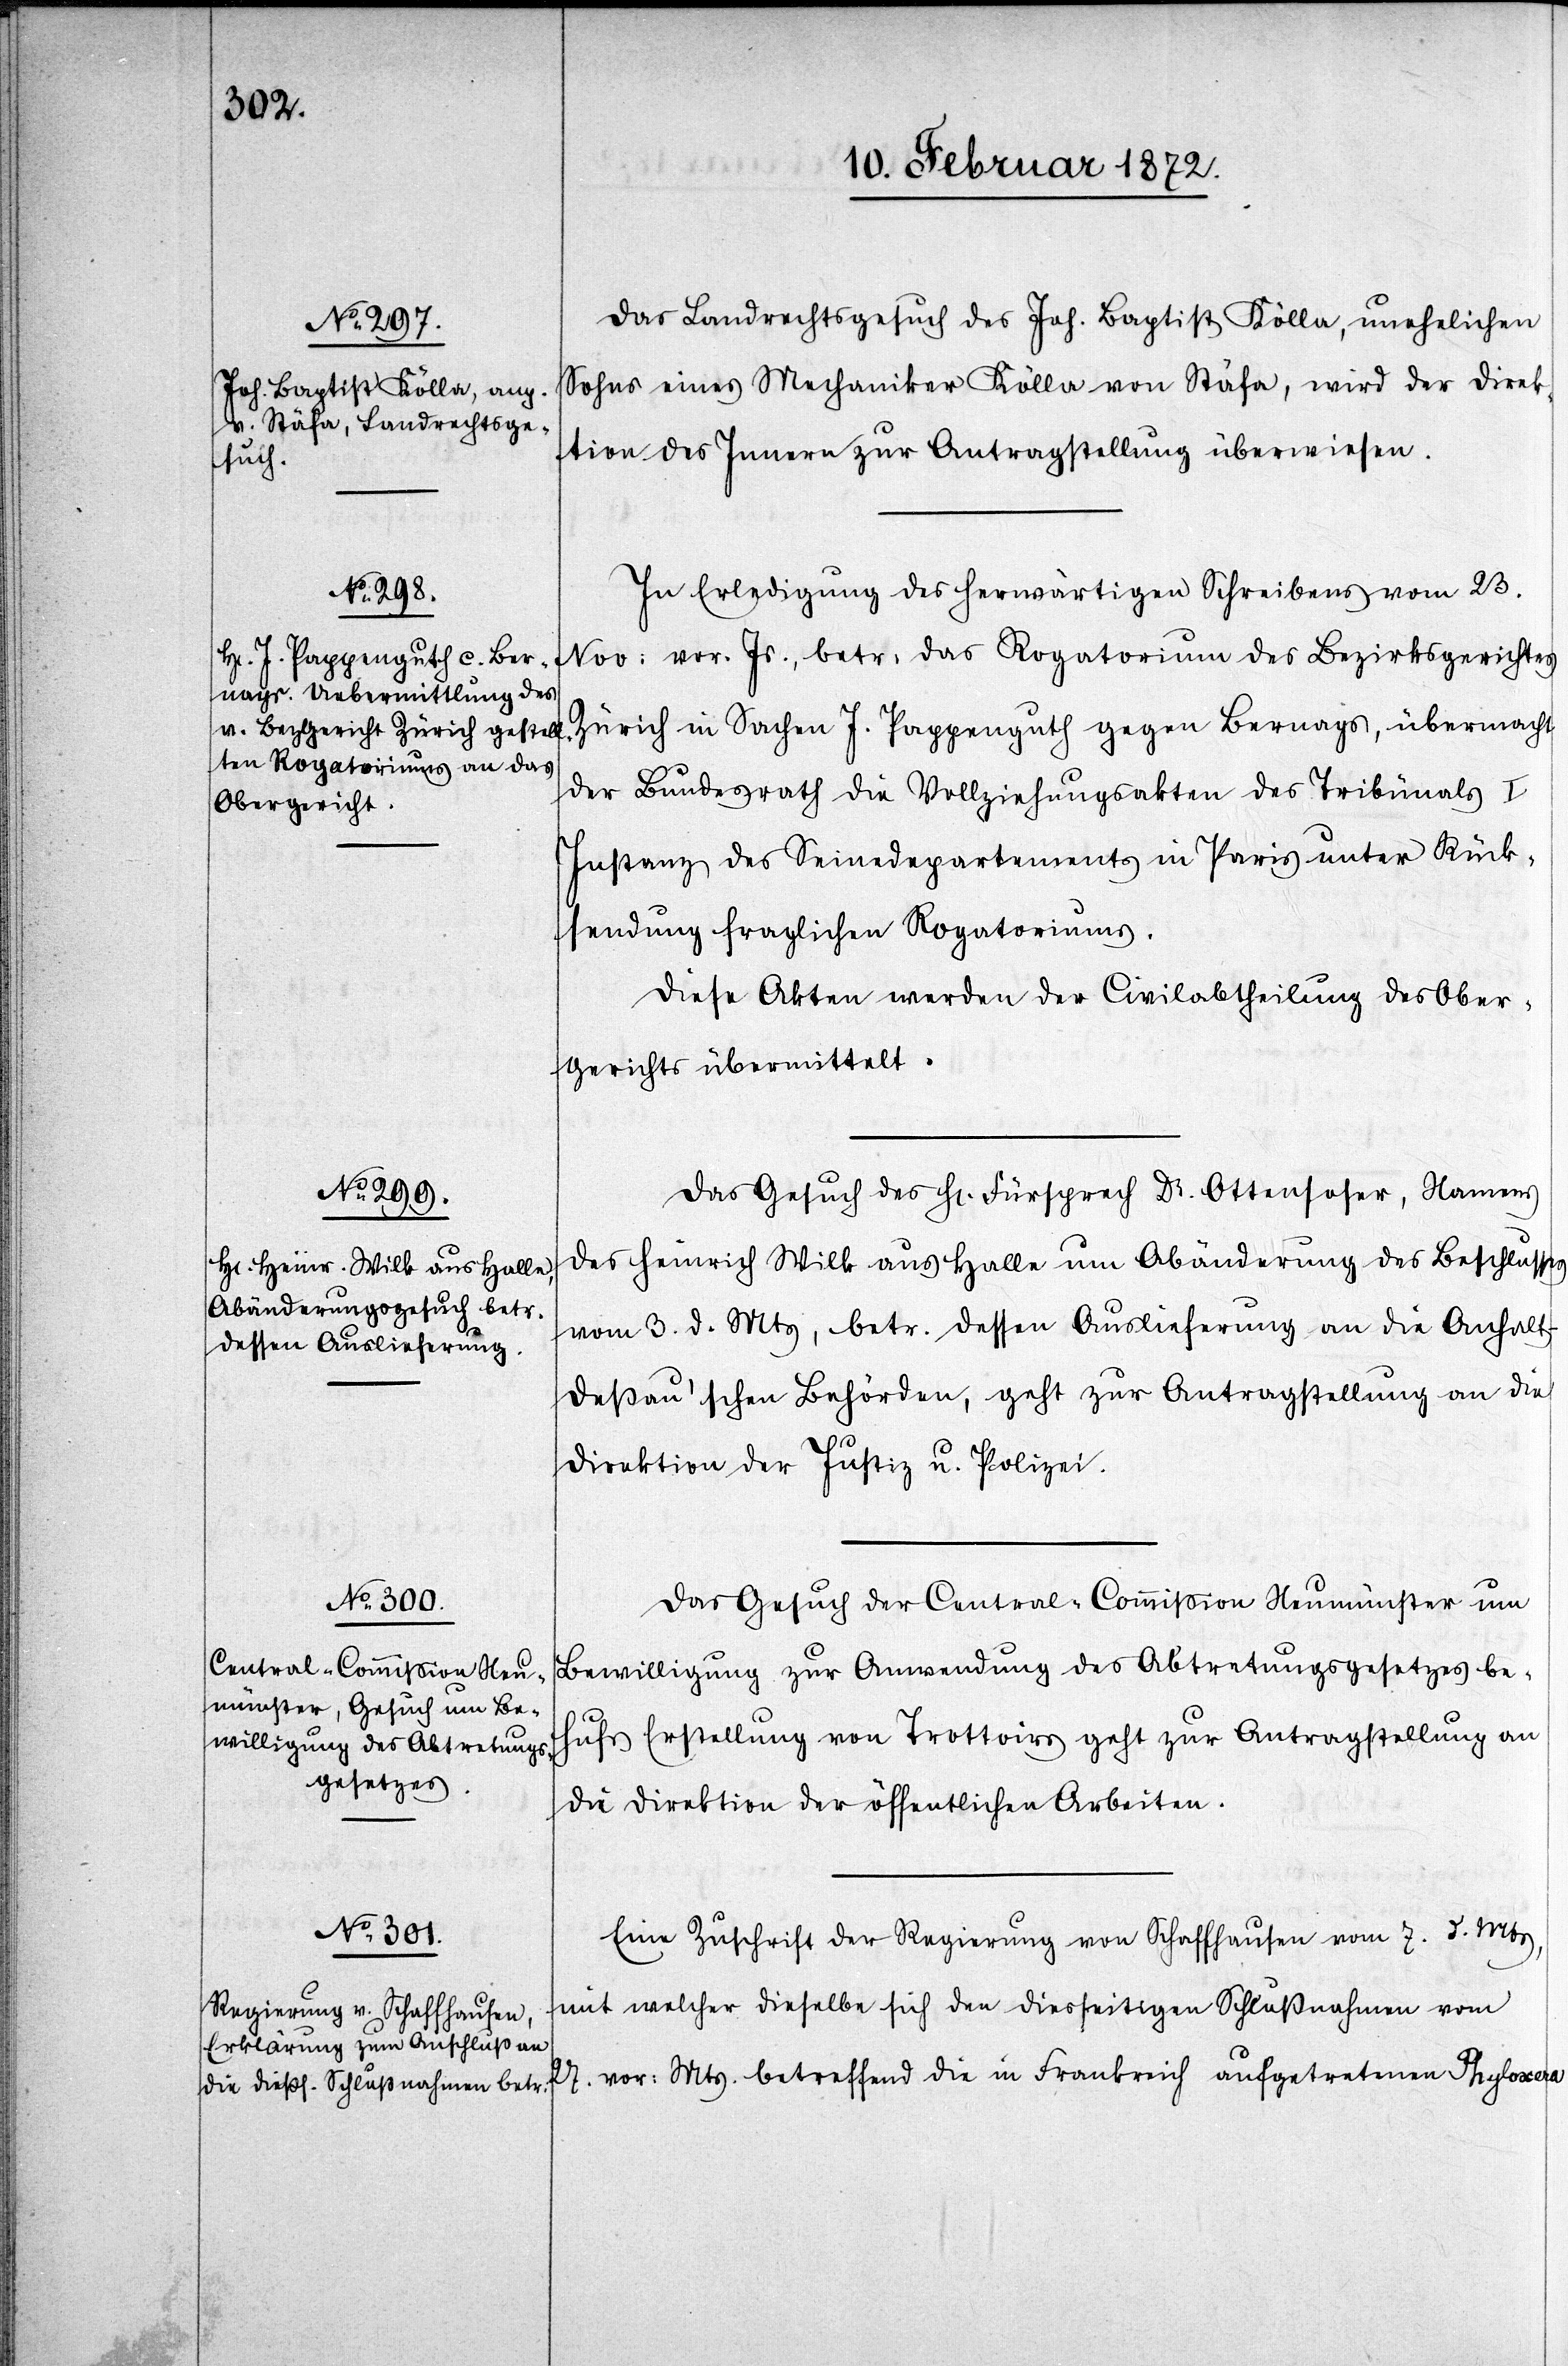
12.

Das Landrechtsgesuch des Joh. Baptist Kölla, unehelichen
Sohns eines Mechaniker Kölla von Stäfa, wird der Direk¬
tion des Innern zur Antragsstellung überwiesen.
In Erledigung des herwärtigen Schreibens vom 23.
Nov. vor. Js., betr. das Rogatorium des Bezirksgerichtes
Zürich in Sachen J. Pappenguth gegen Bernags, übermacht
der Bundesrath die Vollziehungsakten des Tribünals
Instanz des Seinedepartements in Paris unter Rück¬
sendung fraglichen Rogatoriums.
Diese Akten werden der Civilabtheilung des Ober¬
gerichts übermittelt.
Das Gesuch des Hr. Fürsprech Dr. Ottensoser, Namens
des Heinrich Wilk aus Halle um Abänderung des Beschlusses
vom 3. d. Mts, betr. dessen Auslieferung an die Anhal¬
t-Deßau’schen Behörden, geht zur Antragsstellung an die
Direktion der Justiz u. Polizei.
Das Gesuch der Central-Commission Neumünster um
Bewilligung zur Anwendung des Abtretungsgesetzes be¬
hufs Erstellung von Trottoirs geht zur Antragstellung an
die Direktion der öffentlichen Arbeiten.
Eine Zuschrift der Regierung von Schaffhausen vom 7. d. Mts,
mit welcher dieselbe sich den diesseitigen Schlußnahmen vom
27. vor. Mts. betreffend die in Frankreich aufgetretene Phyloxera